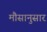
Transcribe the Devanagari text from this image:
मौसानुसार